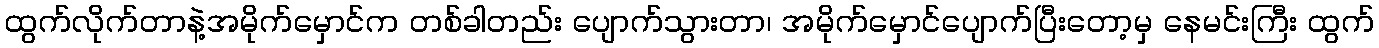
ထွက်လိုက်တာနဲ့အမိုက်မှောင်က တစ်ခါတည်း ပျောက်သွားတာ၊ အမိုက်မှောင်ပျောက်ပြီးတော့မှ နေမင်းကြီး ထွက်